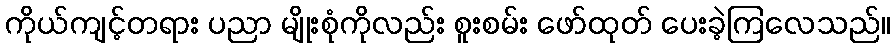
ကိုယ်ကျင့်တရား ပညာ မျိုးစုံကိုလည်း စူးစမ်း ဖော်ထုတ် ပေးခဲ့ကြလေသည်။